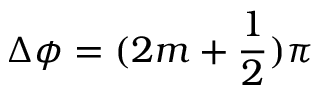
\Delta \phi = ( 2 m + \frac { 1 } { 2 } ) \pi